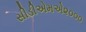
સીડીએમએ૨૦૦૦